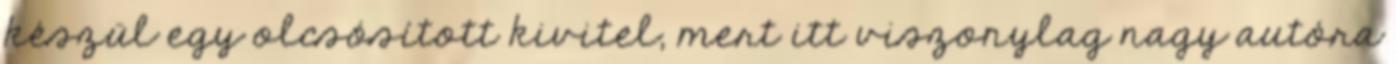
készül egy olcsósított kivitel, mert itt viszonylag nagy autóra